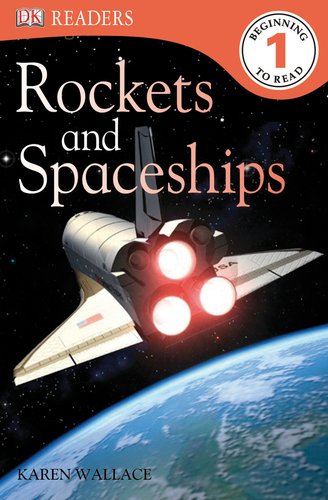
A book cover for DK Readers L1: Rockets and Spaceships; Karen Wallace; Children's Books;